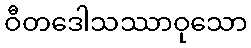
ဝီတဒေါသဿာဝုသော